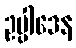
ဥပ္ပါဒေန